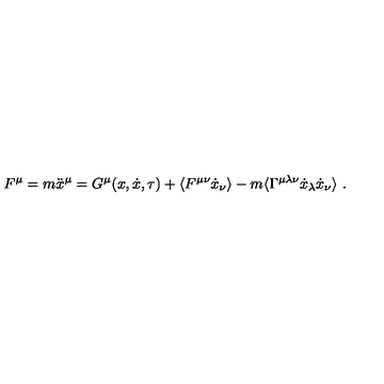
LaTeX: F ^ { \mu } = m \ddot { x } ^ { \mu } = G ^ { \mu } ( x , \dot { x } , \tau ) + \langle F ^ { \mu \nu } \dot { x } _ { \nu } \rangle - m \langle \Gamma ^ { \mu \lambda \nu } \dot { x } _ { \lambda } \dot { x } _ { \nu } \rangle \ .